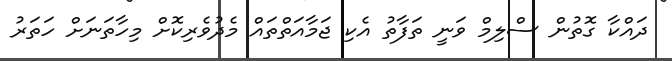
ދައްކާ ގޮތުން ސްލިމް ވަނީ ތަފާތު އެކި ޖަމާއަތްތައް މެދުވެރިކޮށް މިހާތަނަށް ހަތަރު